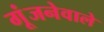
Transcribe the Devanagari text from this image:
गूंजनेवाले